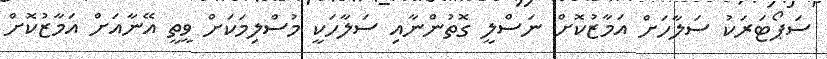
ސަޕޯޓަރަކު ސަލާހަށް އަމާޒުކޮށް ނަސްލީ ގޮތުންނާއި ސަލާހަކީ މުސްލިމަކަށް ވީތީ އޭނާއަށް އަމާޒުކޮށް